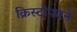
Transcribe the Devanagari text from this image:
क्रिस्टोफरने